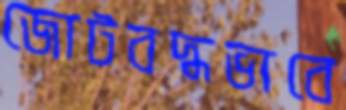
জোটবদ্ধভাবে